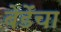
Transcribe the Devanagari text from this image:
बेर्डेंचा